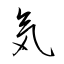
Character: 気